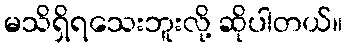
မသိရှိရသေးဘူးလို့ ဆိုပါတယ်။